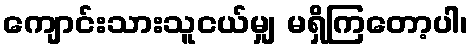
ကျောင်းသားသူငယ်မျှ မရှိကြတော့ပါ၊